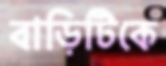
বাড়িটিকে